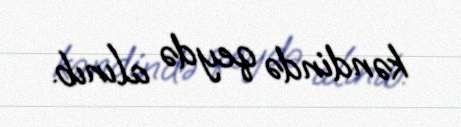
kəndində qeydə alınıb.